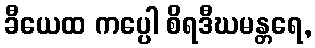
ခီယေထ ကပ္ပေါ စိရဒီဃမန္တရေ,